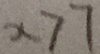
x > 7